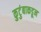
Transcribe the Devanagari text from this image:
कुटुंबाकडून